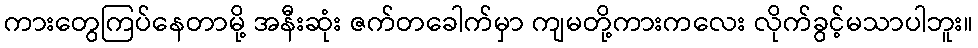
ကားတွေကြပ်နေတာမို့ အနီးဆုံး ဇက်တခေါက်မှာ ကျမတို့ကားကလေး လိုက်ခွင့်မသာပါဘူး။